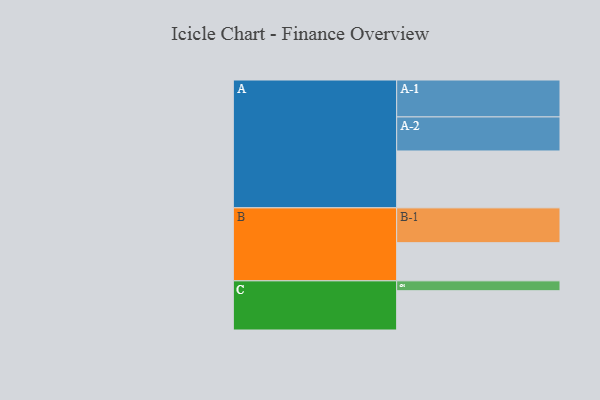
{"axis": {"x": "Segment", "y": "Value"}, "legend": ["", "A", "B", "C"], "data": [{"x": "A", "y": 456, "type": ""}, {"x": "B", "y": 306, "type": ""}, {"x": "C", "y": 315, "type": ""}, {"x": "A-1", "y": 296, "type": "A"}, {"x": "A-2", "y": 273, "type": "A"}, {"x": "B-1", "y": 279, "type": "B"}, {"x": "C-1", "y": 79, "type": "C"}]}